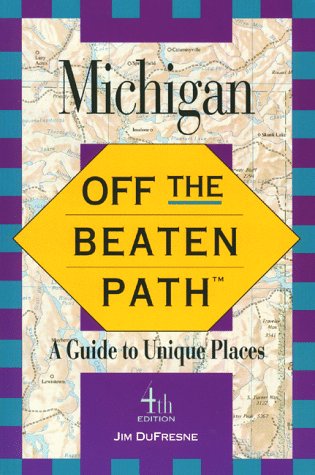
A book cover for Off the Beaten Path Michigan (4th ed); Jim Dufresne; Travel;